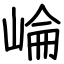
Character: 崘